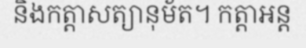
និងកត្តាសត្យានុម័ត។ កត្តាអន្ត